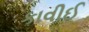
કાવીઈ